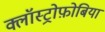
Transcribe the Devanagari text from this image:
क्लॉस्ट्रोफ़ोबिया